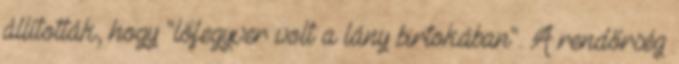
állították, hogy "lőfegyver volt a lány birtokában". A rendőrség